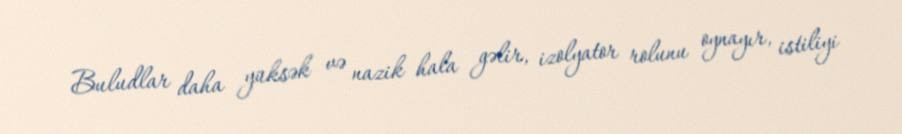
Buludlar daha yüksək və nazik hala gəlir, izolyator rolunu oynayır, istiliyi